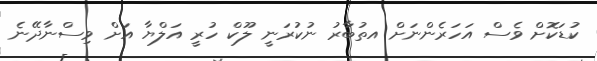
ކުޑަކޮށް ވެސް އަހަރެންނަށް އތުބާރު ނުކުރަނީ ލޫކް ހުރީ އަލްޔާ އަށް ވިސްނާދޭނެ